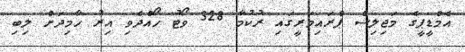
އެމްޑީޕީގެ މަޖިލިސް ޕްރައިމަރީގައި ރުކުމާ 328 ވޯޓު ހޯއްދެވި އިރު ހާމިދަށް ލިބި